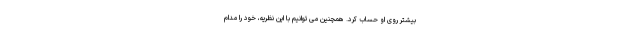
بیشتر روی او حساب کرد. همچنین می توانیم با این نظریه، خود را مدام